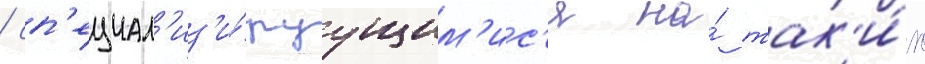
/ сп'ециал'из'и́руущим'ис'я на́ так'и́х